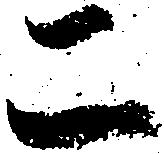
二